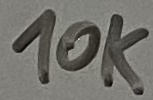
Text: 10K